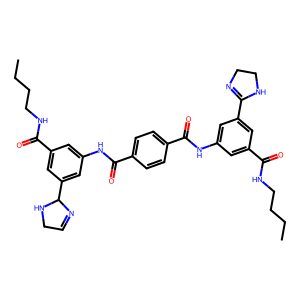
SMILES: CCCCNC(=O)c1cc(NC(=O)c2ccc(C(=O)Nc3cc(C(=O)NCCCC)cc(C4N=CCN4)c3)cc2)cc(C2=NCCN2)c1
Inhibits HIV replication: Yes